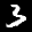
Digit: 3